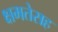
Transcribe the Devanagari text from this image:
क्षमतेसह